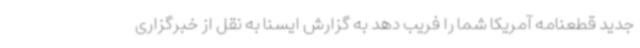
جدید قطعنامه آمریکا شما را فریب دهد به گزارش ایسنا به نقل از خبرگزاری